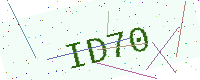
Text: ID70